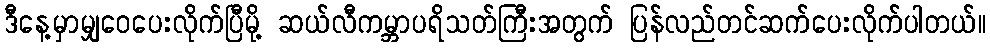
ဒီနေ့မှာမျှဝေပေးလိုက်ပြီမို့ ဆယ်လီကမ္ဘာပရိသတ်ကြီးအတွက် ပြန်လည်တင်ဆက်ပေးလိုက်ပါတယ်။